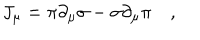
J _ { \mu } = \pi \partial _ { \mu } \sigma - \sigma \partial _ { \mu } \pi \quad ,